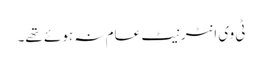
ٹی وی انٹرنیٹ عام نہ ہوئے تھے۔